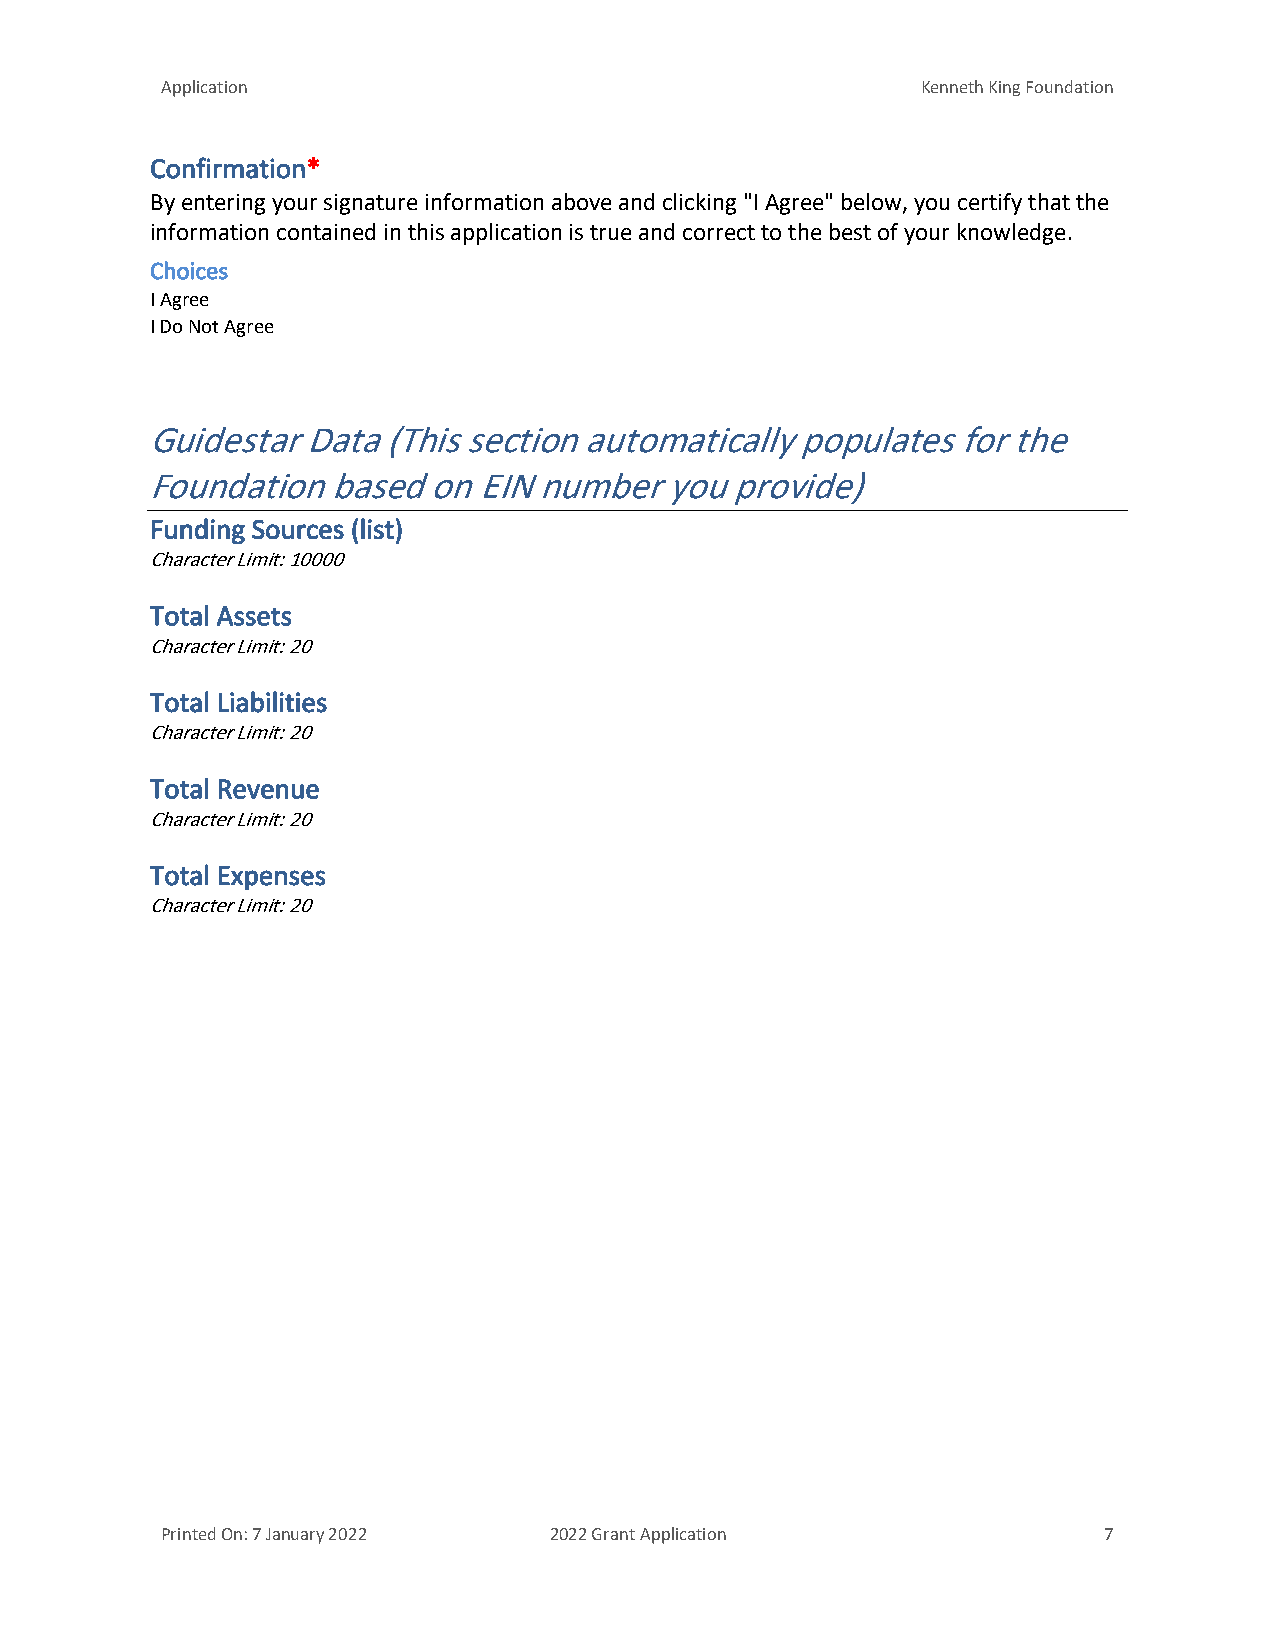
Application                                       Kenneth King Foundation
 Confirmation*
 By entering your signature information above and clicking "I Agree" below, you certify that the
 information contained in this application is true and correct to the best of your knowledge.
 Choices
 I Agree
 I Do Not Agree
 Guidestar Data (This section automatically populates for the
 Foundation  based on  EIN number  you provide)
 Funding Sources (list)
 Character Limit: 10000
 Total Assets
 Character Limit: 20
 Total Liabilities
 Character Limit: 20
 Total Revenue
 Character Limit: 20
 Total Expenses
 Character Limit: 20
 Printed On: 7 January 2022 2022 Grant Application             7